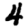
Digit: 4